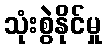
သုံးစွဲနိုင်မှု